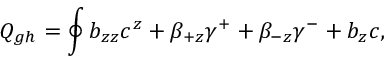
{ \cal Q } _ { g h } = \oint b _ { z z } c ^ { z } + \beta _ { + z } \gamma ^ { + } + \beta _ { - z } \gamma ^ { - } + b _ { z } c ,